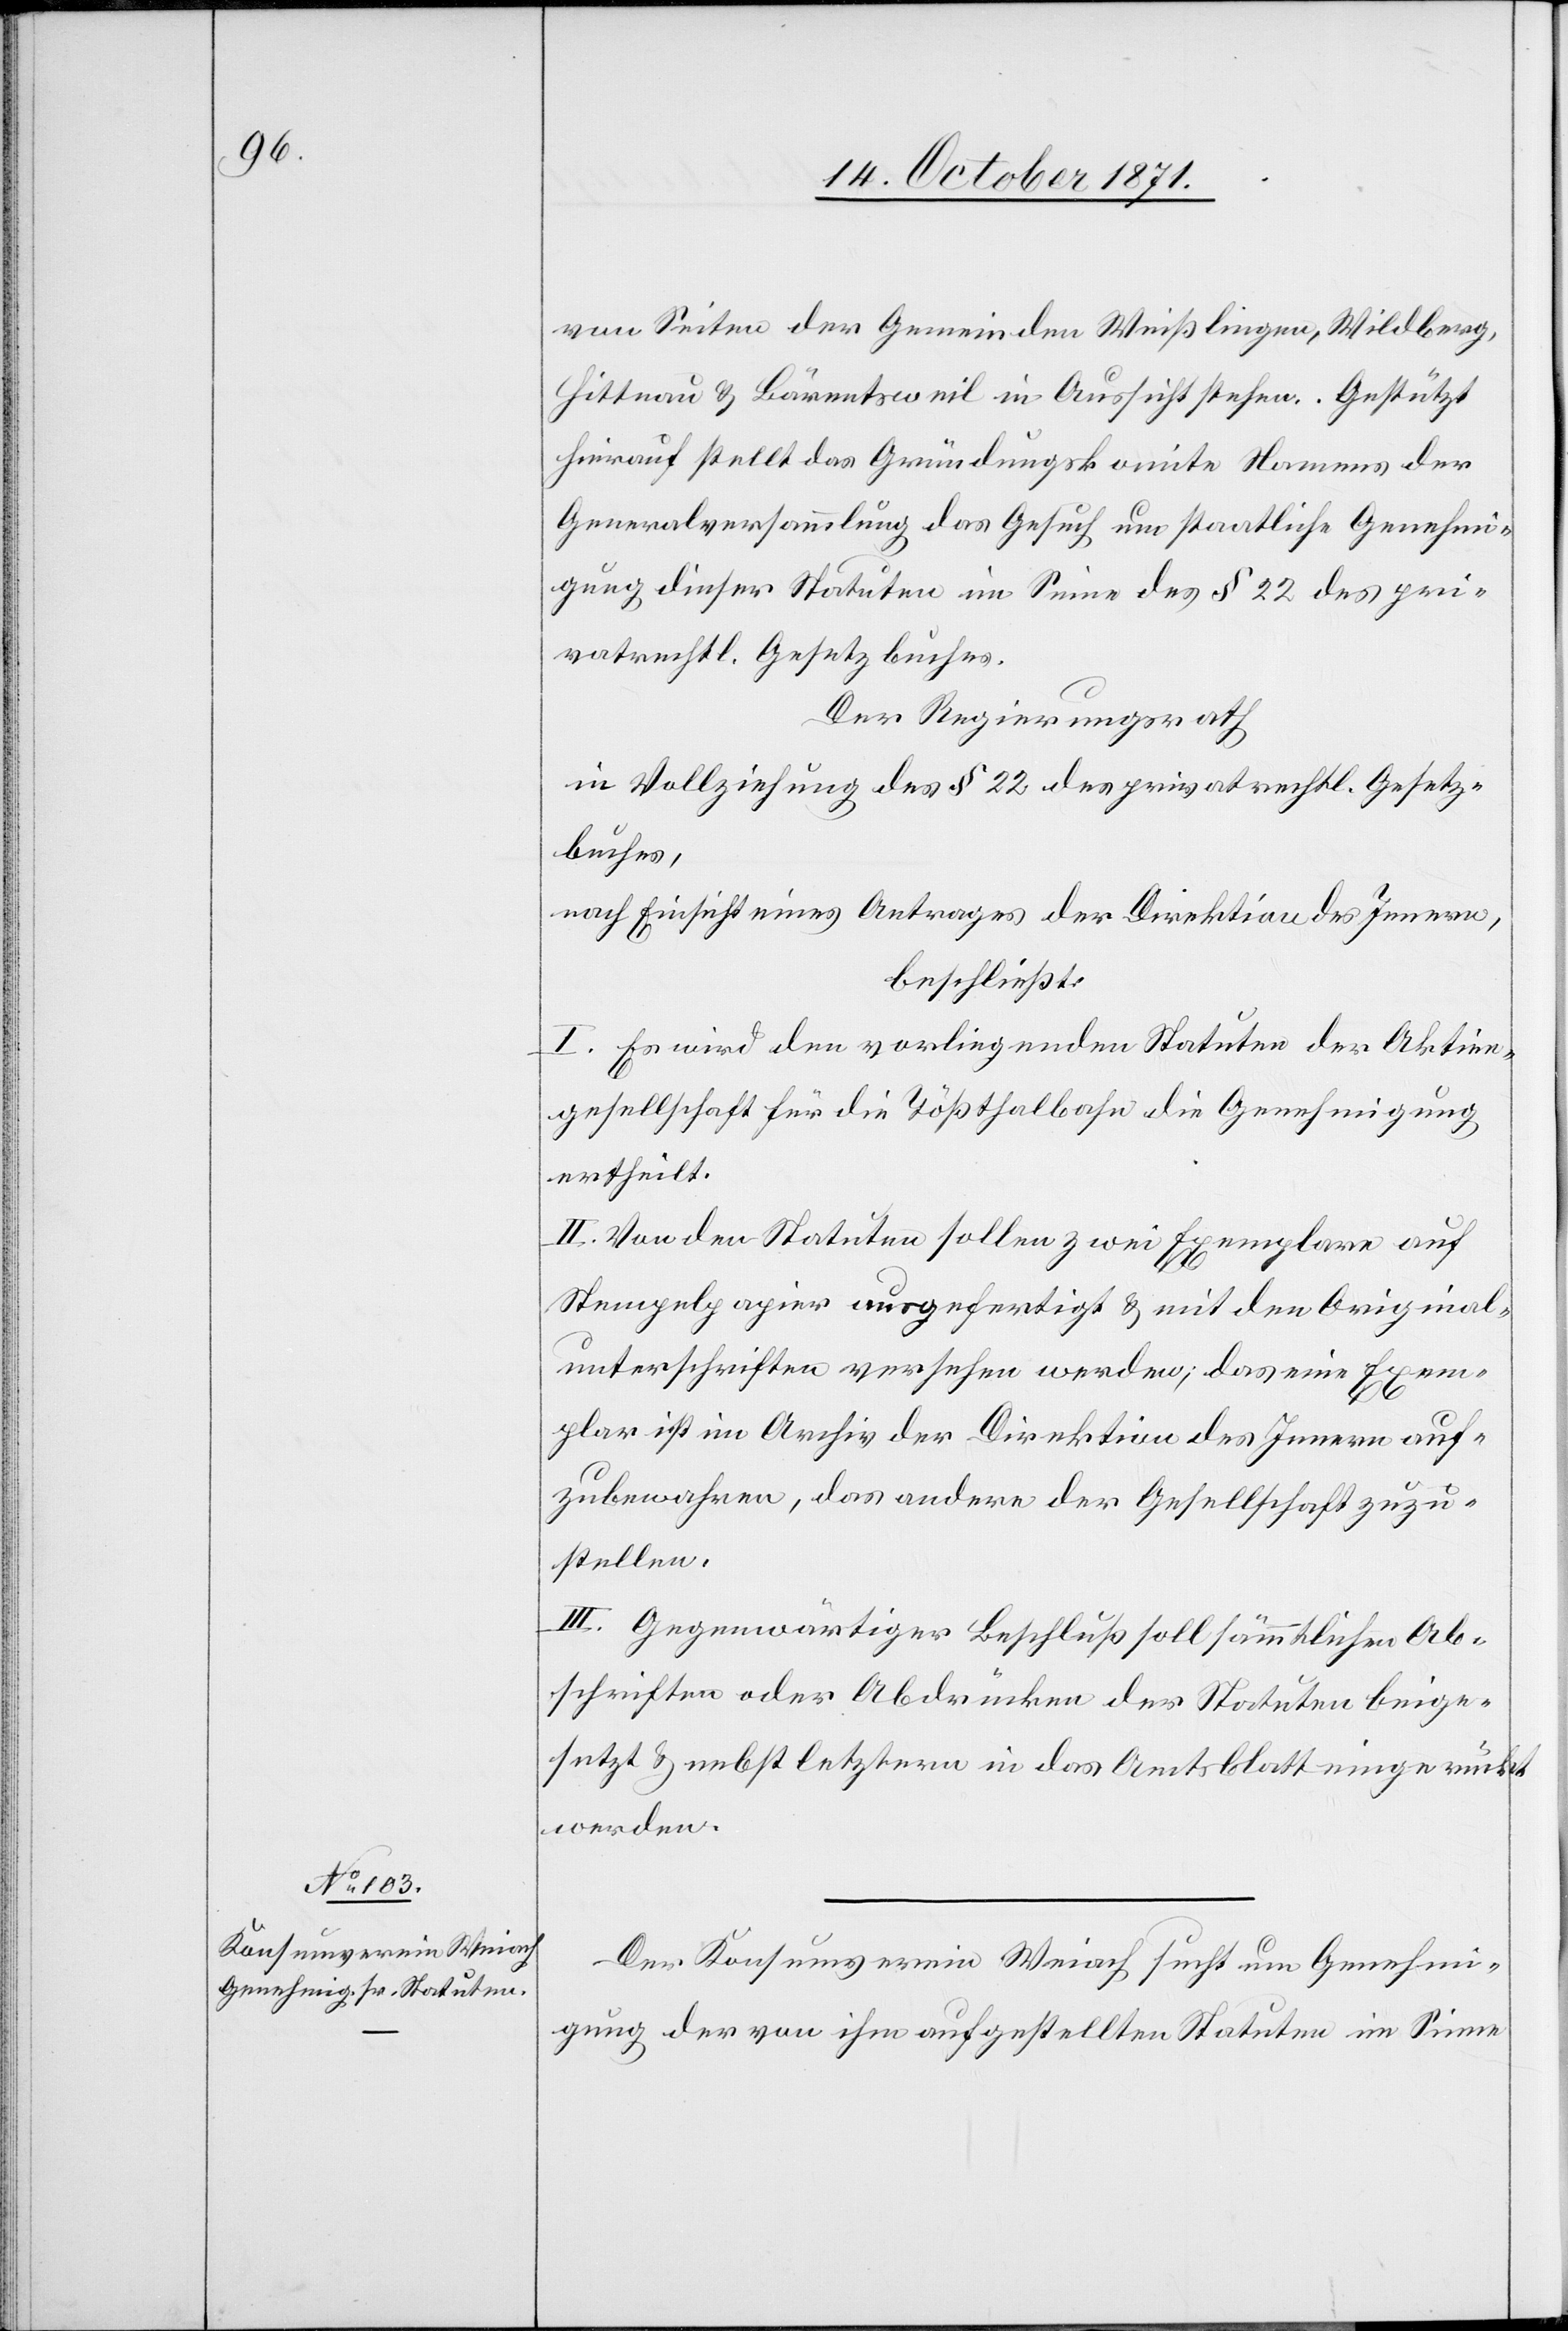
von Seiten der Gemeinden Weißlingen, Wildberg,
Hittnau & Bäretsweil in Aussicht stehen. Gestützt
hierauf stellt das Gründungskomite Namens der
Generalversammlung das Gesuch um staatliche Genehmi¬
gung dieser Statuten im Sinne des § 22 des pri¬
vatrechtl. Gesetzbuches.
Der Regierungsrath
in Vollziehung des § 22 des privatrechtl. Gesetz¬
buches,
nach Einsicht eines Antrages der Direktion des Innern,
beschließt:
I. Es wird den vorliegenden Statuten der Aktien¬
gesellschaft für die Tößthalbahn die Genehmigung
ertheilt.
II. Von den Statuten sollen zwei Exemplare auf
Stempelpapier ausgefertigt & mit den Original¬
unterschriften versehen werden; das eine Exem¬
plar ist im Archiv der Direktion des Innern auf¬
zubewahren, das andere der Gesellschaft zuzu¬
stellen.
III. Gegenwärtiger Beschluß soll sämmtlichen Ab¬
schriften oder Abdrücken der Statuten beige¬
setzt & nebst letztern in das Amtsblatt eingerückt
werden.
Der Konsumverein Weiach sucht um Genehmi¬
gung der von ihm aufgestellten Statuten im Sinne